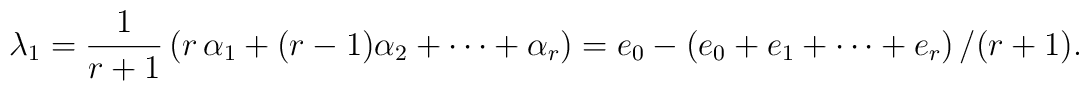
\lambda_1={1\over{r+1}}\left(r\,\alpha_1+(r-1)\alpha_2+\cdots+    \alpha_r\right)=e_0-\left(e_0+e_1+\cdots+e_r\right)/(r+1).